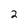
Character: 2